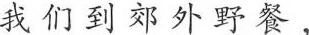
我们到郊外野餐，